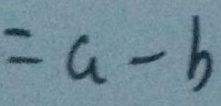
= a - b